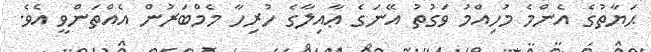
ޙަޔާތުގެ އެންމެ މުހިއްމު ވަގުތު އޭނަގެ ޢާއިލާގެ ހުރިހާ މެމްބަރުން އެއްތަންވީ އެވެ.